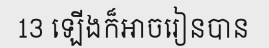
13 ឡើងក៏អាចរៀនបាន